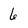
Character: 6